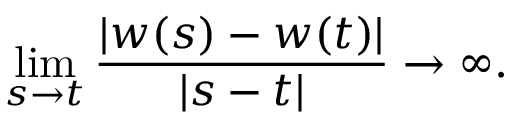
\operatorname* { l i m } _ { s \to t } { \frac { | w ( s ) - w ( t ) | } { | s - t | } } \to \infty .